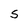
Character: S